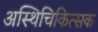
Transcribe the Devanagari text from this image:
अस्थिचिकित्सक